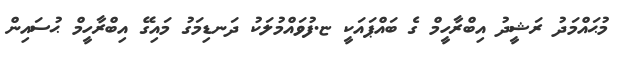
މުޙައްމަދު ރަޝީދު އިބްރާހީމް ގެ ބައްޕައަކީ ޏ.ފުވައްމުލަކު ދަނޑިމަގު މައިގޭ އިބްރާހީމް ޙުސައިން